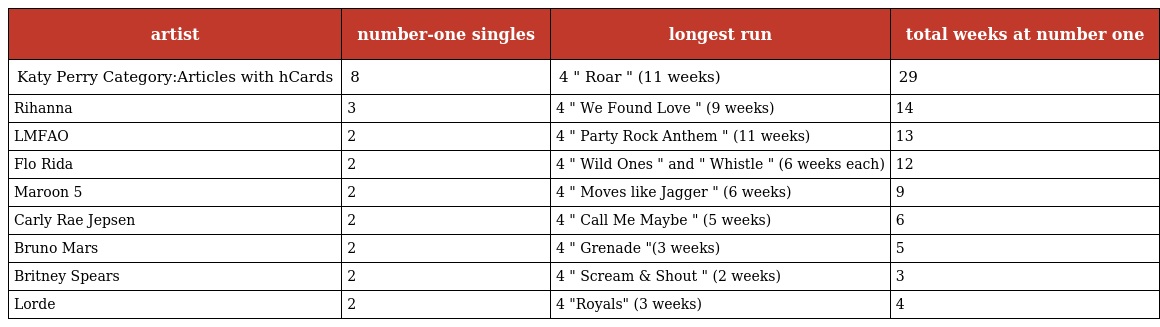
| artist | number-one singles | longest run | total weeks at number one |
 | --- | --- | --- | --- |
 | Katy Perry Category:Articles with hCards | 8 | 4 " Roar " (11 weeks) | 29 |
 | Rihanna | 3 | 4 " We Found Love " (9 weeks) | 14 |
 | LMFAO | 2 | 4 " Party Rock Anthem " (11 weeks) | 13 |
 | Flo Rida | 2 | 4 " Wild Ones " and " Whistle " (6 weeks each) | 12 |
 | Maroon 5 | 2 | 4 " Moves like Jagger " (6 weeks) | 9 |
 | Carly Rae Jepsen | 2 | 4 " Call Me Maybe " (5 weeks) | 6 |
 | Bruno Mars | 2 | 4 " Grenade "(3 weeks) | 5 |
 | Britney Spears | 2 | 4 " Scream & Shout " (2 weeks) | 3 |
 | Lorde | 2 | 4 "Royals" (3 weeks) | 4 |